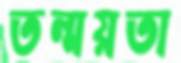
তন্ময়তা